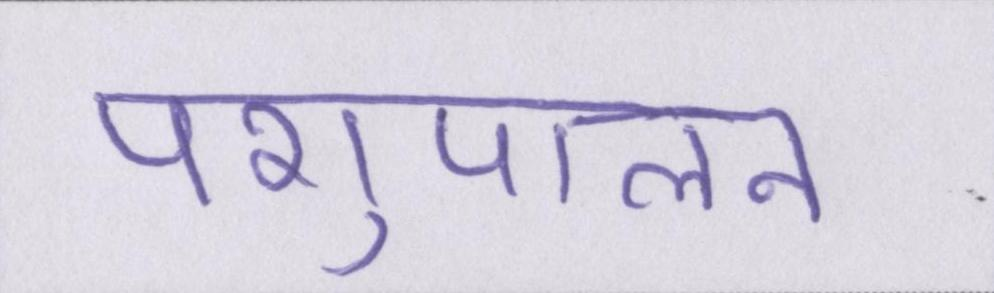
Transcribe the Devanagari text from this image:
पशुपालन